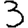
Digit: 3